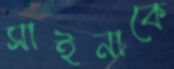
সাইনাকে